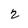
Character: 2